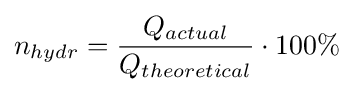
n_{hydr}={Q_{actual} \over Q_{theoretical}}\cdot 100\%